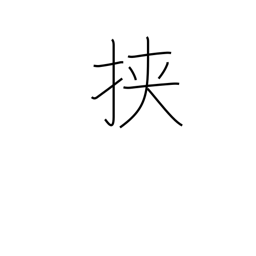
Meaning: between